Vital statistics of India. Vol. IV, Annual returns from 1871 to 1876. British Army of India, Native Army and jails of Bengal
Year: 1871
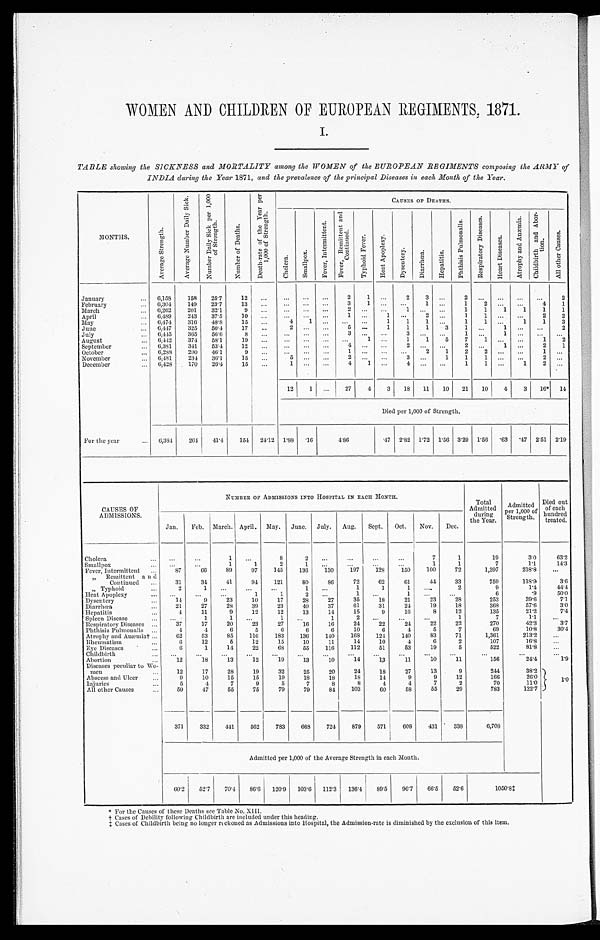
WOMEN AND CHILDREN OF EUROPEAN REGIMENTS. 1871.
I.
TABLE showing the SICKNESS and MORTALITY among the WOMEN of the EUROPEAN REGIMENTS composing the ARMY of
INDIA during the Year 1871, and the prevalence of the principal Diseases in each Month of the Year.
MONTHS.
A v e r a g e S t r e n g t h .
A v e r a g e N u m b e r D a i l y S i c k .
N u m b e r D a i l y S i c k p e r 1 , 0 0 0 o f S t r e n g t h .
N u m b e r o f D e a t h s .
D e a t h - r a t e o f t h e Y e a r p e r 1 , 0 0 0 o f S t r e n g t h .
CAUSES OF DEATHS.
C h o l e r a . S m a l l p o x .
F e v e r , I n t e r m i t t e n t .
F e v e r , R e m i t t e n t a n d C o n t i n u e d .
T y p h o i d F e v e r .
H e a t A p o p l e x y .
D y s e n t e r y .
D i a r r h œ a . . H e p a t i t i s .
P h t h i s i s P u l m o n a l i s .
R e s p i r a t o r y D i s e a s e s .
H e a r t D i s e a s e s .
A t r o p h y a n d A n æ m i a .
C h i l d b i r t h a n d A b o r - t i o n .
A l l o t h e r C a u s e s .
January
6,158
158
25.7
12 ...
...
...
. . .
2
1
. . .
2
3 ...
2
... ... ...
. . .
2
February
6,304
149 23.7
13 ...
. . .
. . .
. . .
3
1 ...
. . .
1 ...
1
2 ... ...
4
1
March
6, 262 201
32.1
9
. . . ... ...
. . .
2
. . . ...
1
. . . ...
1
1
1
1
1
1
April
6,489
243
37.5
10 ...
. . . ... ...
1
. . . 1 ...
2 ...
1
1 ... ...
2
2
May
6,474
316
48.8
15 ...
4
1 ...
. . . ...
1
1
1 ...
1
1 ...
1
1
3
June
6,447
325
50.4
17 ...
2 ...
...
5 ...
1
1
1
3
1 ...
1 ...
. . . 2
July
6, 445 365
56.6
8
. . .
. . . ...
. . .
3 ... ...
3
. . .
. . . 1 ...
1 ...
. . .
. . .
August
6,442 374
58.1
19 ...
. . .
. . . ... ...
1 ...
1
1
5
7
1 ...
...
1
2
September
6,381
341
53.4
12 ...
. . .
. . .
. . .
4
. . . ...
2
. . .
. . . 2
. . . 1 ...
2
1
October
6,288
290
46.1
9 ...
...
. . .
. . .
1 ...
...
. . .
2
1
2
2
. . .
. . .
1
. . .
November
6,481
234 36.1
15 ...
5
. . .
. . .
2
. . . ...
3
. . . 1
1
1 .. ...
2
. . .
December
6,428
170
26.4
15 ...
1
. . .
. . .
4
1 ...
4
. . .
. . .
1
1 ...
1
2
. . .
12
1 ...
27
4
3 18 11 10 21 10
4
3 16* 14
Died per 1,000 of Strength.
For the year
6,384
264 41.4
154 24.12 1.88
. 16
4.86
. 4 7 2.82 1.72 1.56 3.29 1.56
. 63
. 47 2.51 2 . 1 9
CAUSES OF
ADMISSIONS.
NUMBER OF ADMISSIONS INTO HOSPITAL IN EACH MONTH.
Total
Admitted during
the Year.
Admitted
per 1,000 of
Strength.
Died out
of each
hundred
treated.
Jan. Feb. March. April. May. June. July. Aug. Sept. Oct. Nov. Dec.
Cholera
. . . ...
1
. . .
8
2
. . .
...
. . .
. . .
7
1
19
3.0
63. 2
Smallpox
. . .
. . .
1
1
2
1
. . .
...
...
...
1
1
7
1.1
14. 3
Fever, Intermittent
87
66
89
97
145
136
130
197
128
150
100
72
1,397
218.8
. . .
" Remittent and
Continued
31
34
41
94 121
80
86
72
62
61
44
33
759
118.9
3. 6
" Typhoid
2
1
. . . ...
...
1 ...
1
1
1
. . .
2
9
1 . 4
44. 4
Heat Apoplexy
. . . ...
...
1
1
2
. . .
1
. . .
1
. . . ...
6
. 9
5 0 . 0
Dysentery
1 4
9
23
10
17
28
27
35
18
21
23
28
253
3 9 . 6
7 . 1
Diarrhœa
21
27
28
39
23
40
37
61
31
24
19
18
368
57.6
3. 0
Hepatitis
4
11
9
12
12
13
14
15
9
16
8
12
135
21.2
7. 4
S p l e e n D i s e a s e s
. . .
1
1 ...
1
. . .
1
2
. . . ...
. . .
1
7
1.1
. . .
Respiratory Diseases
37
17
20
23
27
16
16
24
22
24
22
22
270
42.3
3. 7
Phthisis Pulmonalis
4
4
6
5
6
6
6
10
6
4
5
7
69
10.8
30. 4
Atrophy and Anæmia†
62
53
85
116
183
136
140
168
124
140
83
71
1,361
213.2
. . .
Rheumatism
6
12
5
12
15
10
11
14
10
4
6
2
107
16.8
...
Eye Diseases
6
1
14
22
68
55
116
112
51
53
19
5
522
81.8
. . .
Childbirth
. . . ...
...
...
...
...
...
...
...
...
...
...
. . .
. . .
. . .
Abortion
12
18
1 8
12
19
1 8
10
14
13
11
10
11
156
24.4
1. 9
Diseases peculiar to Wo-
men
12
17
28
19
32
25
20
24
13
27
13
9
244
38.2
1 . 0
Abscess and Ulcer
9
10
15
15
19
13
18
18
14
9
9
12
166
26.0
Injuries
5
4
7
9
5
7
8
8
4
4
7
2
70
11.0
All other Causes
5 9
47
55
75
79
79
84
103
60
58
55
29
783
122.7
371
332
441
562
783 668
724
879
571
608
431
338
6,708
Admitted per 1,000 of the Average Strength in each Month.
60.2 52.7
70.4 86.6 120.9 103.6 112.3 136.4 89.5 96.7 66.5
52.6
1 0 5 0 . 8 ‡
* F o r t h e C a u s e s o f t h e s e D e a t h s s e e T a b l e N o . X I I I .
† Cases of Debility following Childbirth are included under this heading.
‡ Cases of' Childbirth being no longer rockoned as Admissions into Hospital, the Admission-rate is diminished by the exclusion of this item.